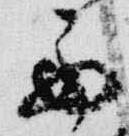
西